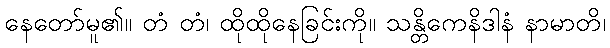
နေတော်မူ၏။ တံ တံ၊ ထိုထိုနေခြင်းကို။ သန္တိကေနိဒါနံ နာမာတိ၊